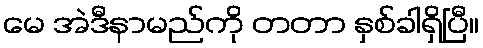
မေ အဲဒီနာမည်ကို တတာ နှစ်ခါရှိပြီ။